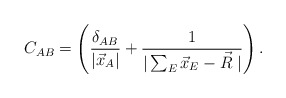
\begin{align*}C_{AB}=\left(\frac{\delta_{AB}}{|\vec x_A|} + \frac{1}{|\sum_{E} \vec x_E - \vec R\;|}\right) .\end{align*}